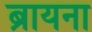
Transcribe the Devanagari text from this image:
ब्रायना